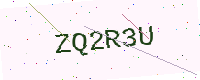
Text: ZQ2R3U